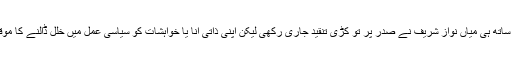
اس کے ساتھ ہی میاں نواز شریف نے صدر پر تو کڑی تنقید جاری رکھی لیکن اپنی ذاتی انا یا خواہشات کو سیاسی عمل میں خلل ڈالنے کا موقع نہ دیا۔